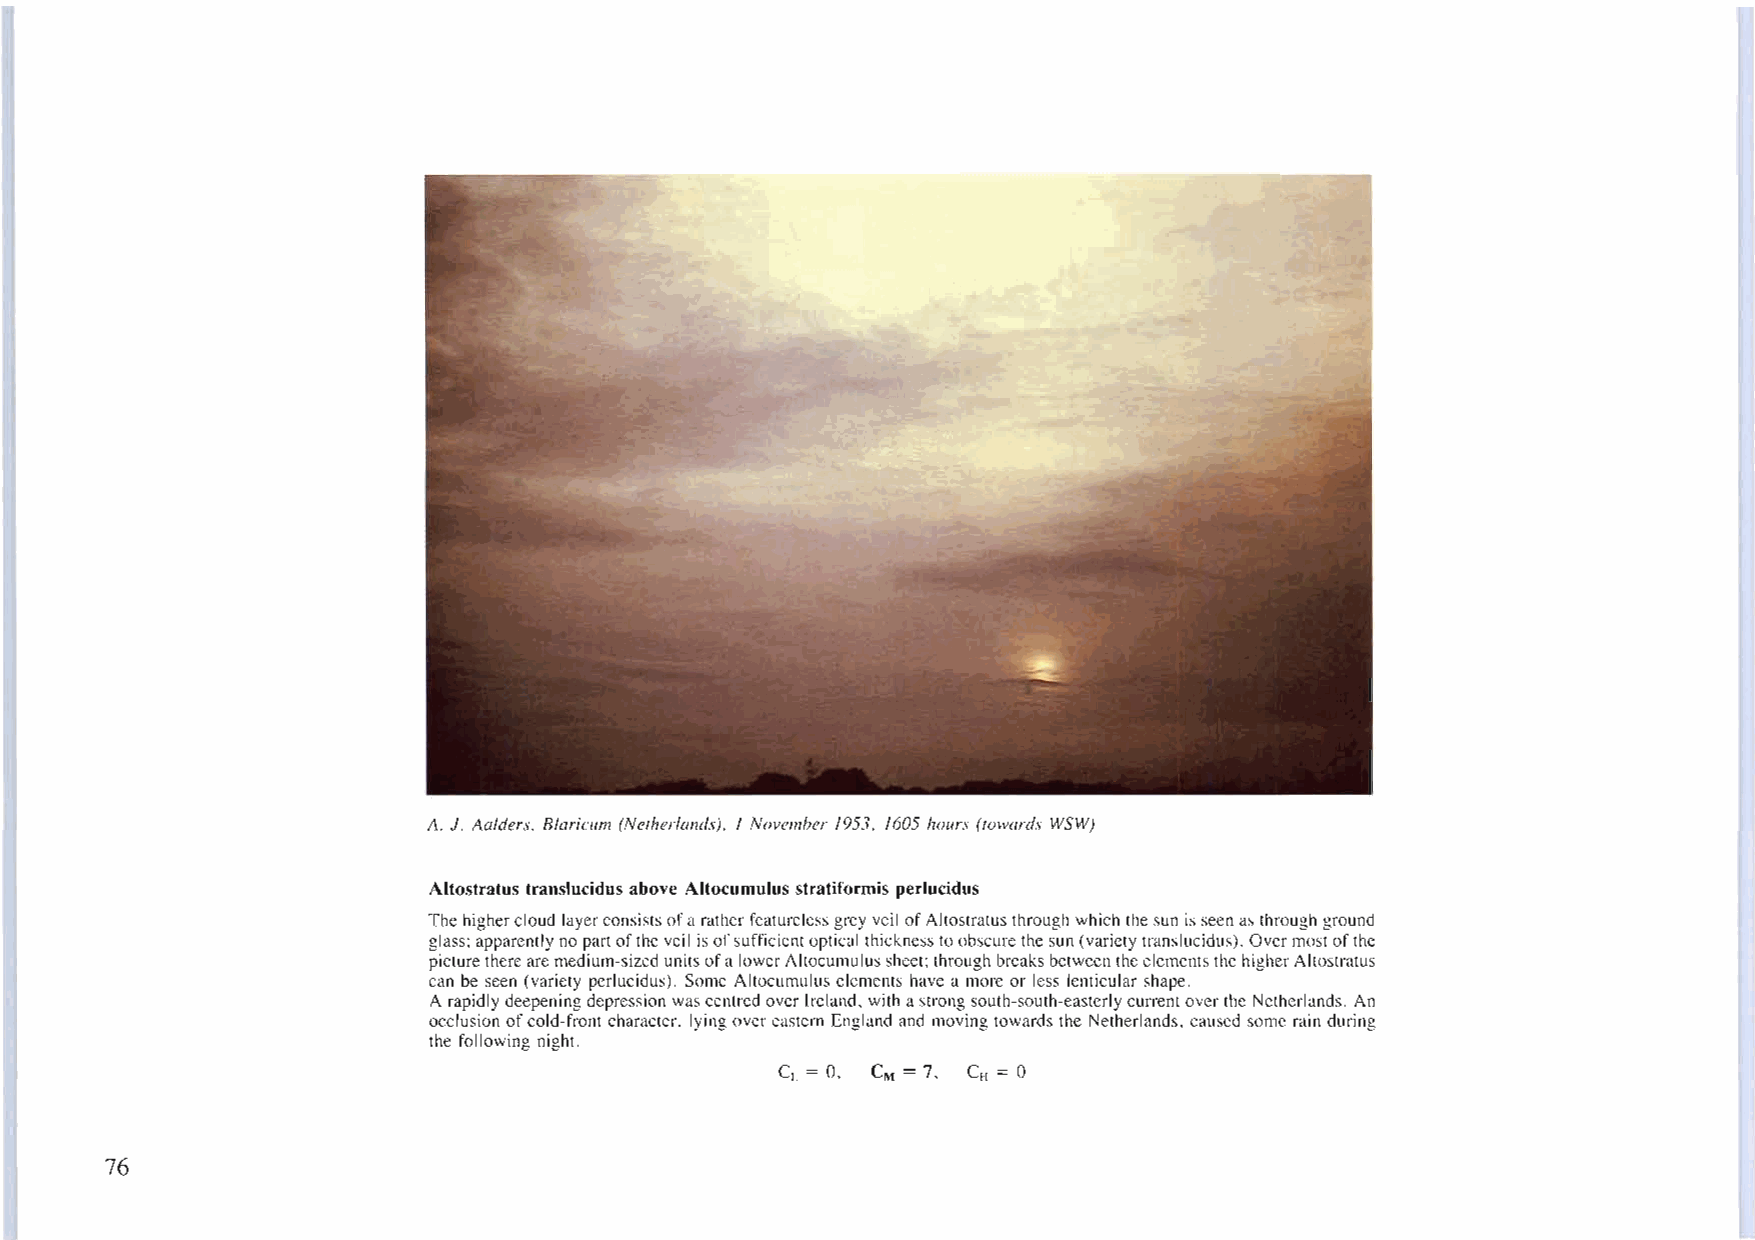
A. J. Aa/deI's. Blarieum (Netherlands). I November 1953. 1605 hours (towards WSW)
 Altostratus translucidus above Altocumulus stratiformis perlucidus
 The highercloud layerconsistsofaratherfeatureless grey veil ofAltostratusthrough which thesun isseenas through ground
 glass;apparently no partoftheveil isofsufficientoptical thickness toobscurethesun(variety translucidus). Overmostofthe
 picturetherearemedium-sized unitsofalowerAltoeumulussheet;through breaksbetweentheelementsthehigherAltostratus
 can be seen (variety perlucidus). Somc Altocumulus elements have a more or less lenticular shape.
 A rapidly deepening depression wascentredover Ireland. withastrongsouth-south-easterlycurrentoverthe Netherlands. An
 occlusion ofcold-front character. lyingovcreastern England and moving towards the Netherlands, caused some rain during
 the following night.
 CL = 0, CM = 7, CH = 0
 76